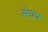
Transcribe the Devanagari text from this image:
संघष